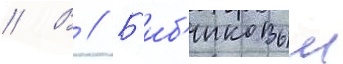
// В // Б'иб'иковым